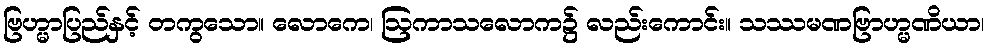
ဗြဟ္မာပြည်နှင့် တကွသော။ လောကေ၊ ဩကာသလောက၌ လည်းကောင်း။ သဿမဏဗြာဟ္မဏိယာ၊